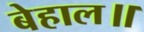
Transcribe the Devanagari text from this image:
बेहाल॥